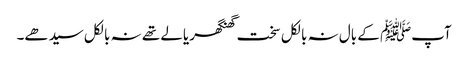
آپﷺ کے بال نہ بالکل سخت گھنگھریالے تھے نہ بالکل سیدھے۔